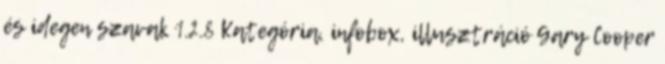
és idegen szavak 1.2.8 Kategória, infobox, illusztráció Gary Cooper